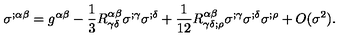
\sigma ^ { ; \alpha \beta } = g ^ { \alpha \beta } - \frac { 1 } { 3 } R _ { \gamma \delta } ^ { \alpha \beta } \sigma ^ { ; \gamma } \sigma ^ { ; \delta } + \frac { 1 } { 1 2 } R _ { \gamma \delta ; \rho } ^ { \alpha \beta } \sigma ^ { ; \gamma } \sigma ^ { ; \delta } \sigma ^ { ; \rho } + O ( \sigma ^ { 2 } ) .